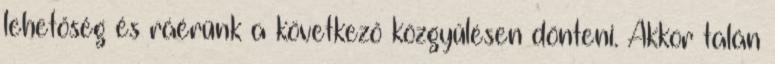
lehetőség és ráérünk a következő közgyűlésen dönteni. Akkor talán